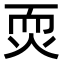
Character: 䎡